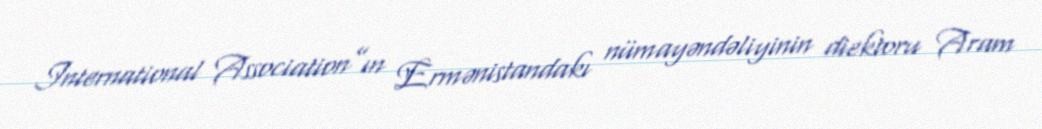
International Association”ın Ermənistandakı nümayəndəliyinin diektoru Aram